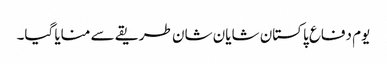
یوم دفاع پاکستان شایان شان طریقے سے منایا گیا۔